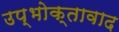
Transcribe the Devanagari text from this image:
उप्भोक्तावाद